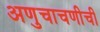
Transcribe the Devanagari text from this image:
अणुचाचणीची